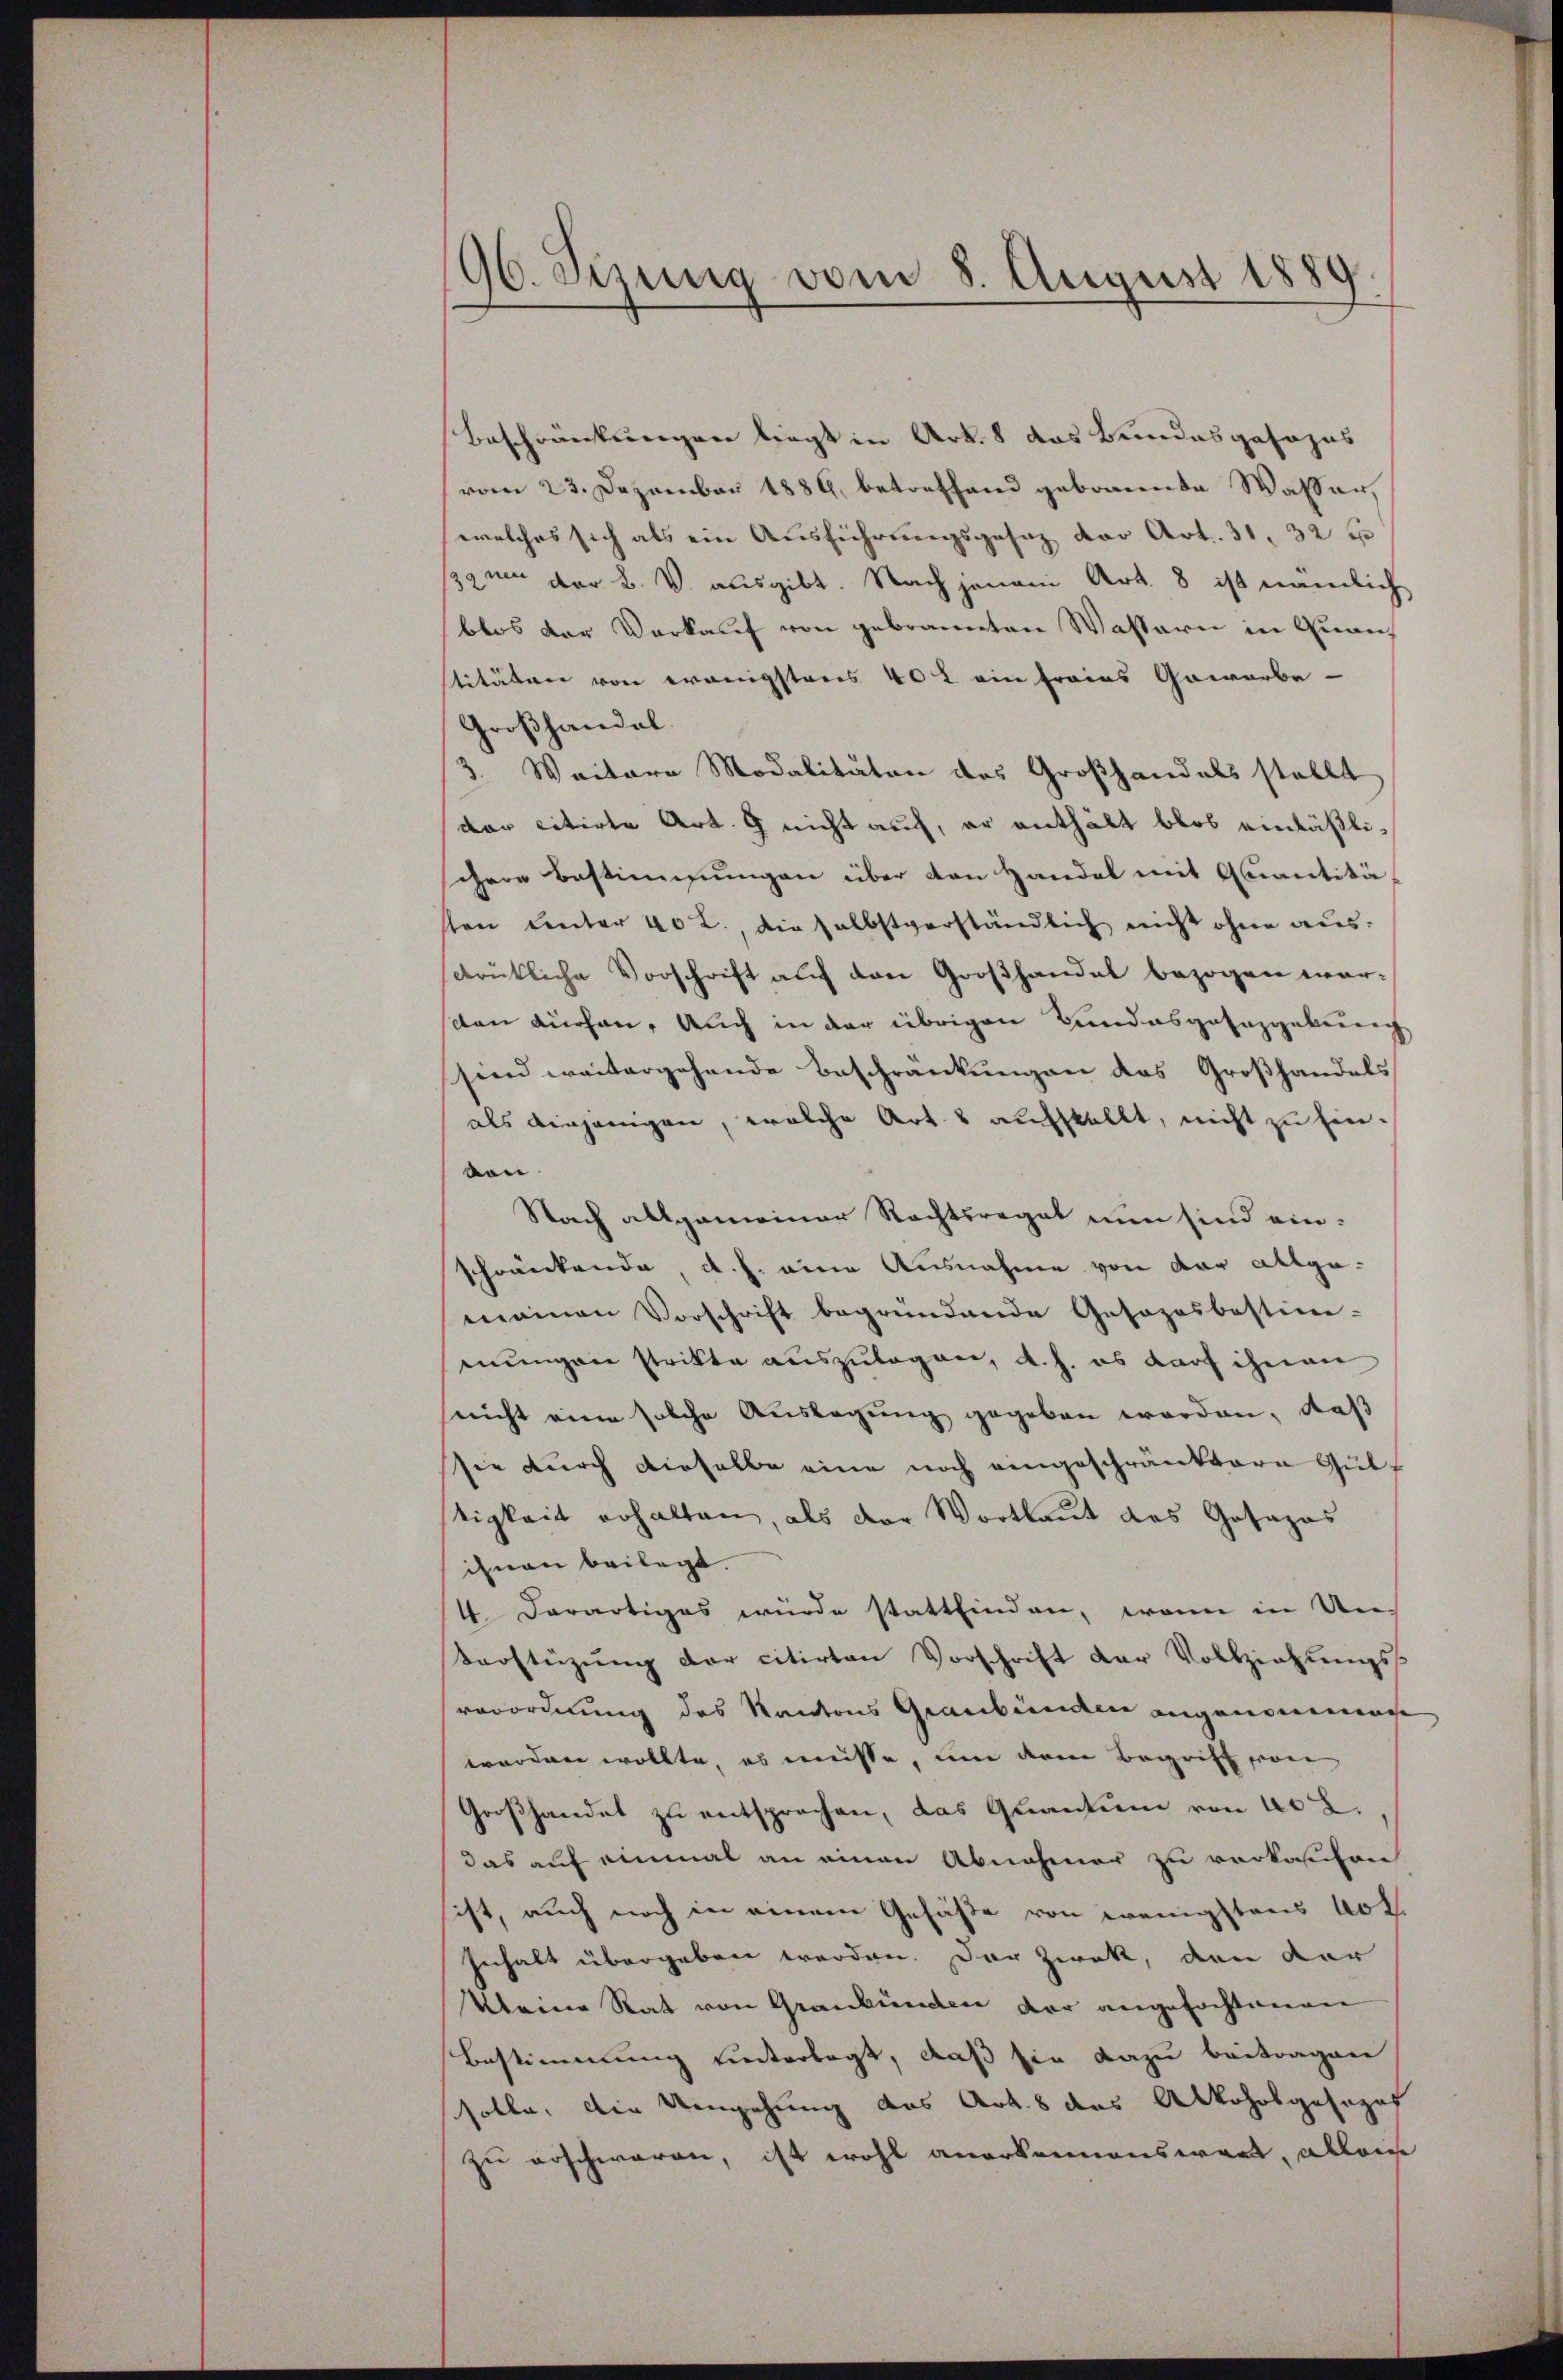
96. Sezung vom 8. August 1889.

Beschränkungen liegt in Urk. 8 das Bundesgesehns
vom 23. Dezember 1886, betreffend gebrannte Wasser
welches sich als ein Ausführungsgesetz der Art. 31. 32 f
zaun der B. V. ausgibt. Nach jenem Art. 8 ist nämlich
blos der Verkauf von gebrannten Wassern in Quanstitäten von wenigstens 402 ein frains Gewerbe-
Großhandel
3. Weitere Modalitäten des Großhandels stellt
dor citirte Art. 9 nicht auf, er enthält blos einläßlischere Bestimmungen über den Handel mit Quantitä
sten unter 40 l., die selbstverständlich nicht ohne ausdrükliche Vorschrift auf den Großhandel bezogen worsten auchen, auch in der übrigen Bundesgaenzgebung
sind weitergehende Beschränkungen das Großhandels
als einjenigen, welche Art. 8 aufstellt, nicht zu Einvon.
Nach allgemeiner Rechtsregat nun sind einschränkende, d. h. eine Ausnahme von der allge-
mainen Vorschrift begründende Gosozosbestim-
mungen strikte auszulagen, d. h. es darf ihnen
nicht eine solche Auslagung gegeben worden, daß
sie durch dieselbe eine noch eingeschränktere Gutstigkeit erhalten, als der Wortlaut des Gosazas
ihnen beilegt.
4. Derartiges würde stattfinden, wenn in Un-
Verstüzung der citirten Vorschrift der Vollziehungs-
verordnung des Kantons Graubünden angenommen
worden wollte, es müsse, um dem Begriff von
Großhandet zu entsprochen, das Quantum von 40 2.,
das auf einmal an einen Abnahmer zu verkochen
ist, auch noch in einem Gefäße von wenigstens 40 f.
Inhalt übergeben werden. Der Zweck, den der
Kleine Rat von Graubünden der angefochtenen
Bestimmung unterlegt, daß sie dazu beitragen
solle, die Umgehung des Art. 8 das Alkoholgosohof
zu erschwaren, ist wohl anerkennenswert, allein